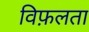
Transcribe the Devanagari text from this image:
विफ़लता